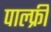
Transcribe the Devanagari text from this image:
पाल्फ्री